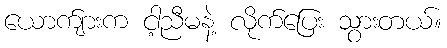
ယောက်ျားက ငါ့ညီမနဲ့ လိုက်ပြေး သွားတယ်။